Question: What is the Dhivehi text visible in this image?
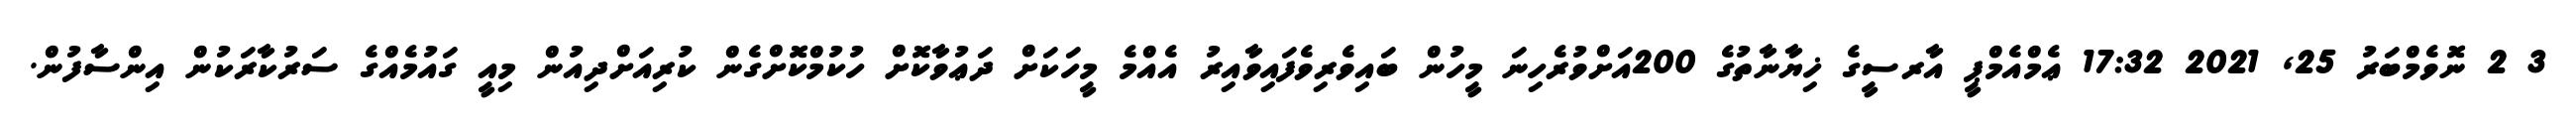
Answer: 3 2 ނޮވެމްބަރު 25, 2021 17:32 ޢެމްއެމްޕީ އާރސީގެ ޚިޔާނާތުގެ 200އަށްވުރެހިނަ މީހުން ބައިވެރިވެފައިވާއިރު އެއްމެ މީހަކަށް ދަޢުވާކޮށް ހުކުމްކޮށްގެން ކުރިއަށްދިއުން މިއީ ގައުމެއްގެ ސަރުކާރަކުން އިންސާފުން.